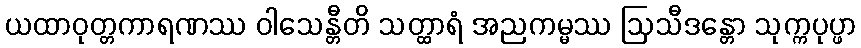
ယထာဝုတ္တကာရဏဿ ဝါသေန္တီတိ သတ္ထာရံ အညကမ္မဿ ဩသီဒန္တော သုက္ကပုပ္ဖာ